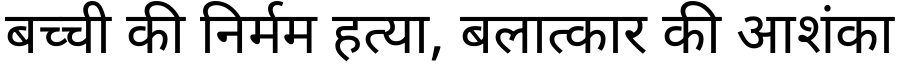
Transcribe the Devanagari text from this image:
बच्ची की निर्मम हत्या, बलात्कार की आशंका